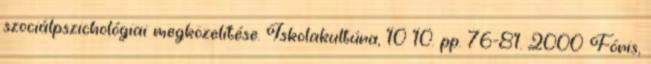
szociálpszichológiai megközelítése. Iskolakultúra, 10 10. pp. 76-81. 2000 Fóris,